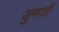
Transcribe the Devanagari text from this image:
जुनज़ी